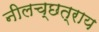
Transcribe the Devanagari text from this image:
नीलच्छत्राय